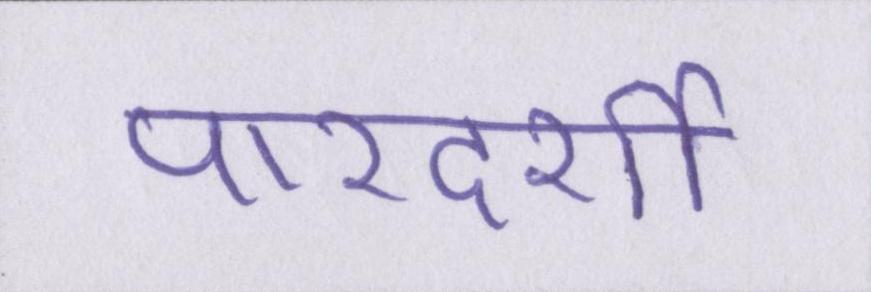
पारदर्शी